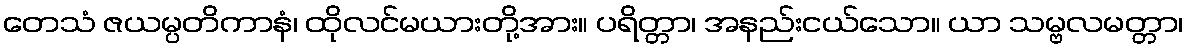
တေသံ ဇယမ္ပတိကာနံ၊ ထိုလင်မယားတို့အား။ ပရိတ္တာ၊ အနည်းငယ်သော။ ယာ သမ္ဗလမတ္တာ၊